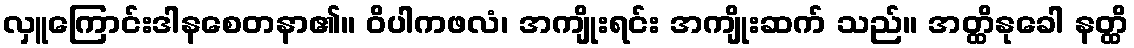
လှူကြောင်းဒါနစေတနာ၏။ ဝိပါကဖလံ၊ အကျိုးရင်း အကျိုးဆက် သည်။ အတ္ထိနုခေါ နတ္ထိ